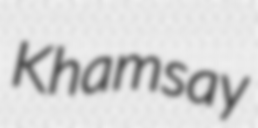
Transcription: Khamsay